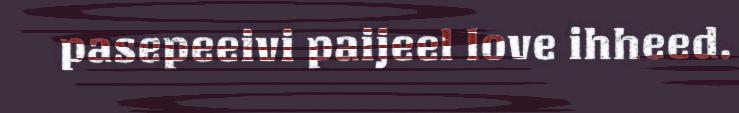
pasepeeivi paijeel love ihheed.